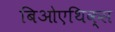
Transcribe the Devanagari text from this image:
बिओएथिक्स